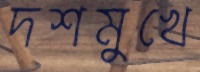
দশমুখে